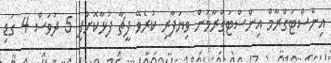
އިންސްޓަގްރާމް އިންސްޓަގްރާމުން ވިޔަފާރި ކުރެވޭ ފީޗާ ފުޅާކޮށްފި 5 ދުވަސް 4 ގަޑި